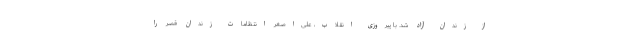
از زندان آزاد شد. با پیروزی انقلاب، علی‌اصغر انتظامات زندان قصر را